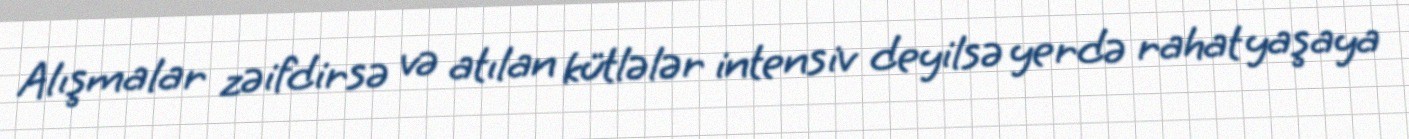
Alışmalar zəifdirsə və atılan kütlələr intensiv deyilsə yerdə rahat yaşaya